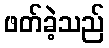
ဖတ်ခဲ့သည်